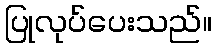
ပြုလုပ်ပေးသည်။